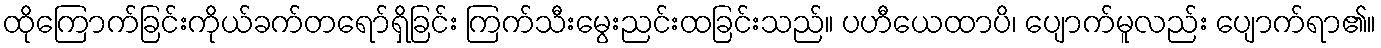
ထိုကြောက်ခြင်းကိုယ်ခက်တရော်ရှိခြင်း ကြက်သီးမွေးညင်းထခြင်းသည်။ ပဟီယေထာပိ၊ ပျောက်မူလည်း ပျောက်ရာ၏။